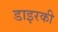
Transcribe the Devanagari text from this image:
डाइरकी